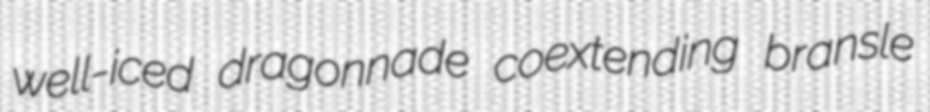
well-iced dragonnade coextending bransle